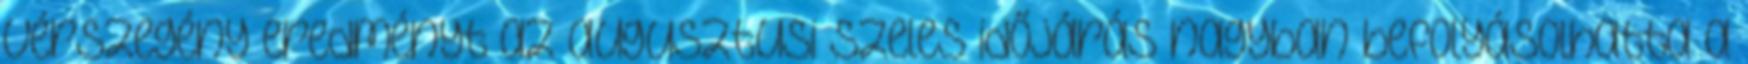
vérszegény eredményt az augusztusi szeles időjárás nagyban befolyásolhatta a